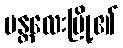
မန္တလေးမြို့၏